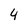
Character: 4